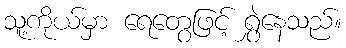
သူ့ကိုယ်မှာ ရေတွေဖြင့် ရွှဲနေသည်။